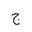
Letter: _gim